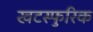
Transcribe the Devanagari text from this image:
खटस्फुरिक